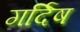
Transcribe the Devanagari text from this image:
गर्दिष